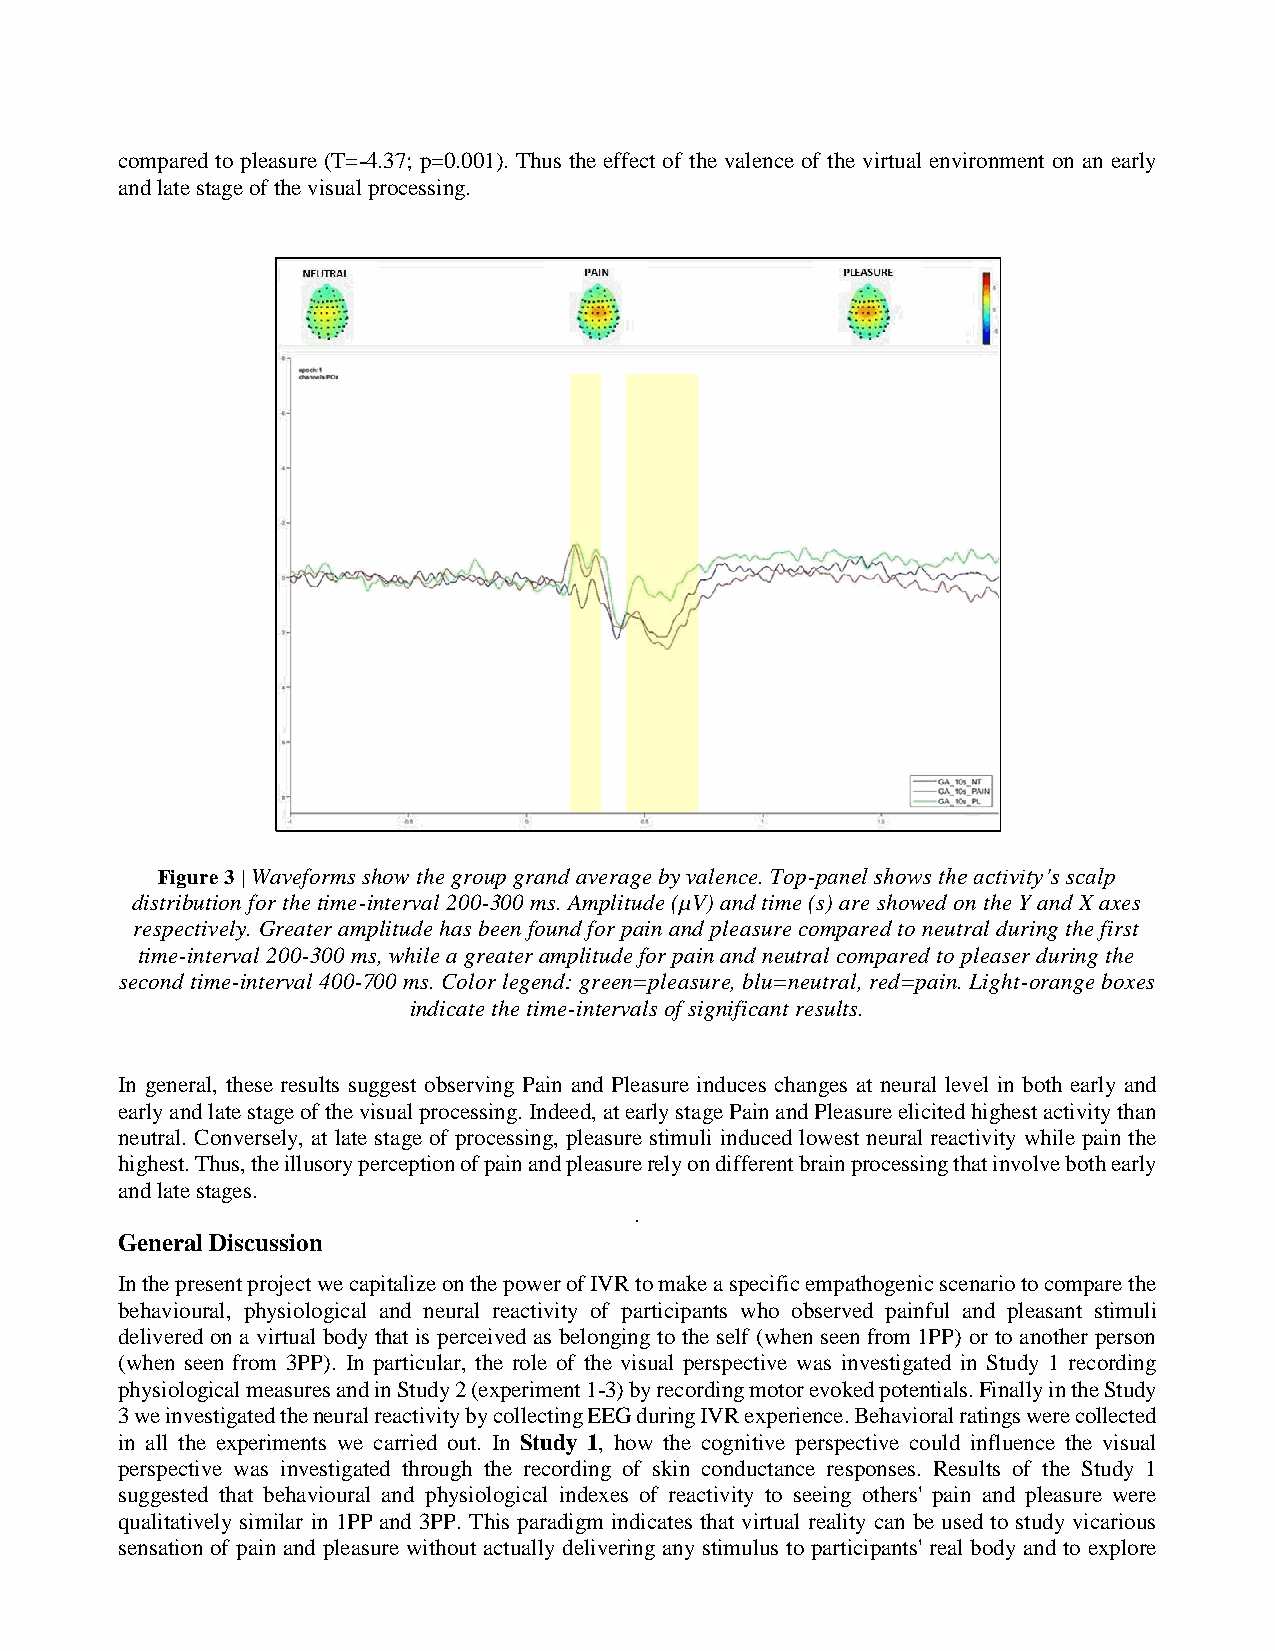
compared to pleasure (T=-4.37; p=0.001). Thus the effect of the valence of the virtual environment on an early
 and late stage of the visual processing.
 Figure 3 | Waveforms show the group grand average by valence. Top-panel shows the activity’s scalp
 distribution for the time-interval 200-300 ms. Amplitude (µV) and time (s) are showed on the Y and X axes
 respectively. Greater amplitude has been found for pain and pleasure compared to neutral during the first
 time-interval 200-300 ms, while a greater amplitude for pain and neutral compared to pleaser during the
 second time-interval 400-700 ms. Color legend: green=pleasure, blu=neutral, red=pain. Light-orange boxes
 indicate the time-intervals of significant results.
 In general, these results suggest observing Pain and Pleasure induces changes at neural level in both early and
 early and late stage of the visual processing. Indeed, at early stage Pain and Pleasure elicited highest activity than
 neutral. Conversely, at late stage of processing, pleasure stimuli induced lowest neural reactivity while pain the
 highest. Thus, the illusory perception of pain and pleasure rely on different brain processing that involve both early
 and late stages.
 .
 General Discussion
 In the present project we capitalize on the power of IVR to make a specific empathogenic scenario to compare the
 behavioural, physiological and neural reactivity of participants who observed painful and pleasant stimuli
 delivered on a virtual body that is perceived as belonging to the self (when seen from 1PP) or to another person
 (when seen from 3PP). In particular, the role of the visual perspective was investigated in Study 1 recording
 physiological measures and in Study 2 (experiment 1-3) by recording motor evoked potentials. Finally in the Study
 3 we investigated the neural reactivity by collecting EEG during IVR experience. Behavioral ratings were collected
 in all the experiments we carried out. In Study 1, how the cognitive perspective could influence the visual
 perspective was investigated through the recording of skin conductance responses. Results of the Study 1
 suggested that behavioural and physiological indexes of reactivity to seeing others' pain and pleasure were
 qualitatively similar in 1PP and 3PP. This paradigm indicates that virtual reality can be used to study vicarious
 sensation of pain and pleasure without actually delivering any stimulus to participants' real body and to explore